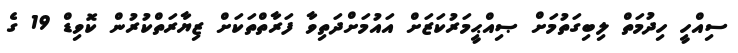
ސިއްހީ ހިދުމަތް ލިބިގަތުމަށް ޞިއްޙީމަރުކަޒަށް އައުމަށްދަތިވާ ފަރާތްތަކަށް ޒިޔާރަތްކުރުން ކޮވިޑް 19 ގެ